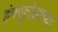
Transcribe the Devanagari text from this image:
इंफ्लुएंझाच्या